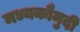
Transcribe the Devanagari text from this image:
मध्यकौमुदी